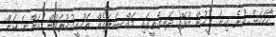
ހާހަކަށް ވުރެ ގިނަ މީހުން އުޅޭ ދަނގެތީގައި މައްސަލައެއް ތަހުގީގުކުރަމުން އަންނަ ކަން